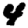
Digit: 4